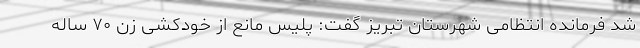
شد فرمانده انتظامی شهرستان تبریز گفت: پلیس مانع از خودکشی زن ۷۰ ساله